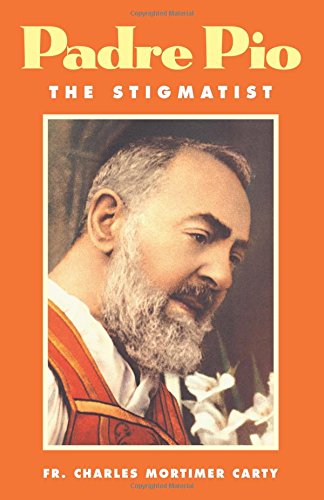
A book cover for Padre Pio: The Stigmatist; Charles Mortimer Carty; Christian Books & Bibles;